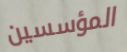
المؤسسين